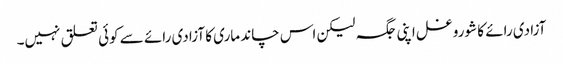
آزادی رائے کا شورو غل اپنی جگہ لیکن اس چاند ماری کا آزادی رائے سے کوئی تعلق نہیں۔